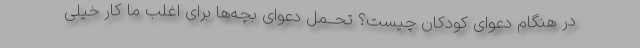
در هنگام دعوای کودکان چیست؟ تحــمل دعوای بچه‌ها برای اغلب ما کار خیلی